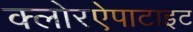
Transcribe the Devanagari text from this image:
क्लोरऐपाटाइट